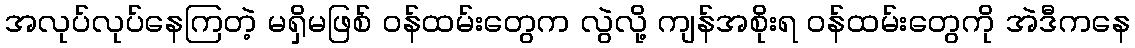
အလုပ်လုပ်နေကြတဲ့ မရှိမဖြစ် ဝန်ထမ်းတွေက လွဲလို့ ကျန်အစိုးရ ဝန်ထမ်းတွေကို အဲဒီကနေ